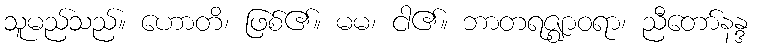
သူမည်သည်။ ဟောတိ၊ ဖြစ်၏။ မမ၊ ငါ၏။ ဘာတရဇ္ဈာဝရာ၊ ညီတော်နန္ဒ